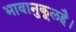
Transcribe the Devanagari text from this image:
भावानुकूलहै।